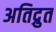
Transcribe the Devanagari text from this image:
अतिद्रुत